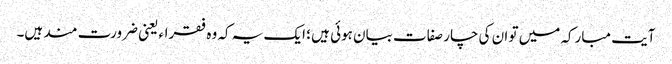
آیت مبارکہ میں تو ان کی چار صفات بیان ہوئی ہیں ؛ ایک یہ کہ وہ فقراء یعنی ضرورت مند ہیں۔